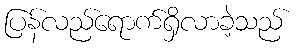
ပြန်လည်ရောက်ရှိလာခဲ့သည်